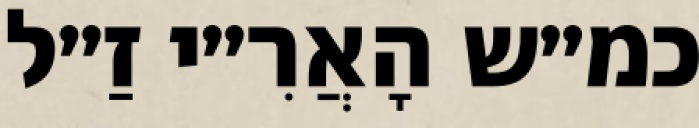
כמ״ש הָאֲרִ״י זַ״ל